Scottish Leaving Certificate Examination, 1959
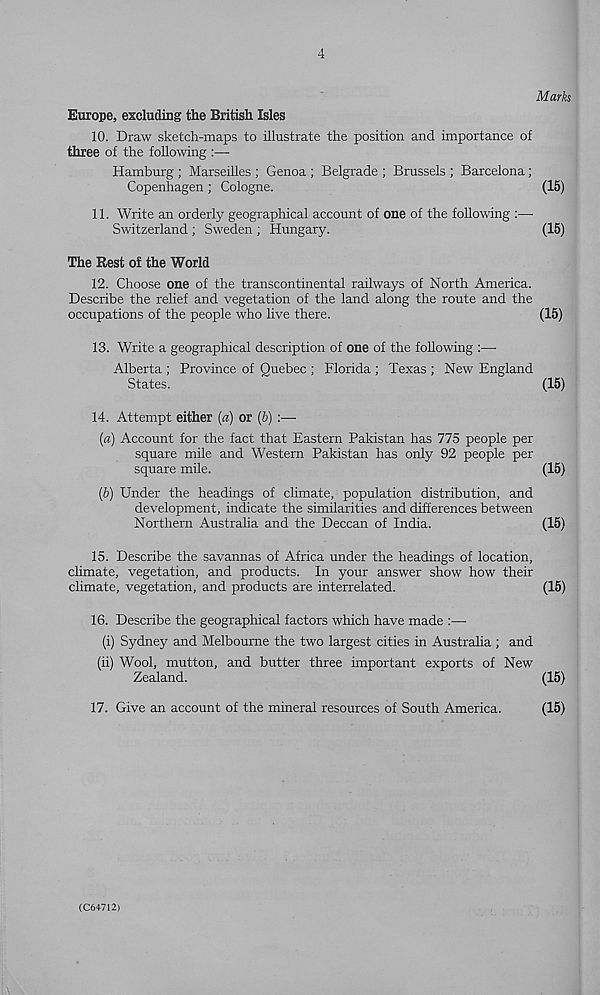
4
Mark
Europe, excluding the British Isles
10. Draw sketch-maps to illustrate the position and importance of
three of the following :—
Hamburg ; Marseilles ; Genoa ; Belgrade ; Brussels ; Barcelona;
Copenhagen; Cologne.
(15)
11. Write an orderly geographical account of one of the following :—
Switzerland ; Sweden ; Hungary.
(15)
The Rest of the World
12. Choose one of the transcontinental railways of North America.
Describe the relief and vegetation of the land along the route and the
occupations of the people who live there.
(15)
13. Write a geographical description of one of the following :—
Alberta ; Province of Quebec ; Florida ; Texas ; New England
States.
(15)
14. Attempt either (a) or (b) :—
(a) Account for the fact that Eastern Pakistan has 775 people per
square mile and Western Pakistan has only 92 people per
square mile.
(15)
(b) Under the headings of climate, population distribution, and
development, indicate the similarities and differences between
Northern Australia and the Deccan of India.
(15)
15. Describe the savannas of Africa under the headings of location,
climate, vegetation, and products. In your answer show how their
climate, vegetation, and products are interrelated.
(15)
16. Describe the geographical factors which have made :—
(i) Sydney and Melbourne the two largest cities in Austraha ; and
(ii) Wool, mutton, and butter three important exports of New
Zealand.
(15)
17. Give an account of the mineral resources of South America.
(15)
(C64712)